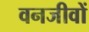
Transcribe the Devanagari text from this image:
वनजीवों